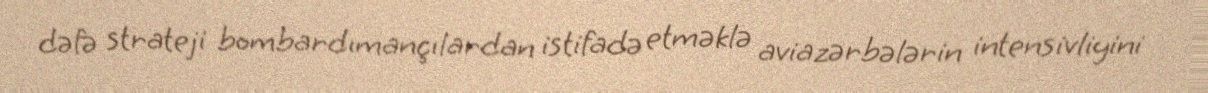
dəfə strateji bombardımançılardan istifadə etməklə aviazərbələrin intensivliyini